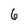
Character: 6